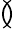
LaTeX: \between